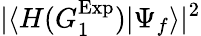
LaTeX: |\langle{H(G_{1}^{\mathrm{Exp}})}|{\Psi_{f}}\rangle|^{2}